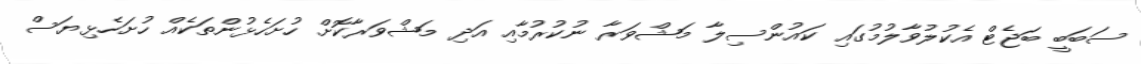
ސަބަބީ ބަޖެޓް އެކުލުވާލުމުގައި ކައުންސިލާ މަޝްވަރާ ނުކުރުމާއި އަދި މަޝްވަރާކޮށް ހުށަހެޅުންތަކެއް ހުށަހެޅިޔަސް